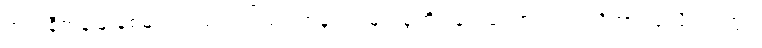
အလံနီကွန်မြူနစ်များသည်အကြမ်းဖက်မှု ဝါဒများစွဲကိုင်ခြင်းကြောင့် ၎င်းတို့အား ဇူလိုင်လတွင်